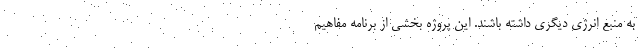
به منبع انرژی دیگری داشته باشند. این پروژه بخشی از برنامه مفاهیم